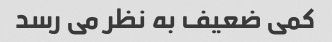
کمی ضعیف به نظر می رسد